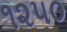
૧૨૫૦